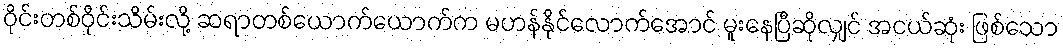
ဝိုင်းတစ်ဝိုင်းသိမ်းလို့ ဆရာတစ်ယောက်ယောက်က မဟန်နိုင်လောက်အောင် မူးနေပြီဆိုလျှင် အငယ်ဆုံး ဖြစ်သော